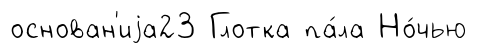
основан'иjа23 Глотка па́ла Но́чью